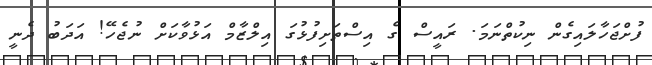
ފުށްޖަހާލައިގެން ނިކުތްނަމަ. ރައީސް ގެ އިސްތަށިފުޅުގަ އިލްޒާމް އަޅުވާކަށް ނުޖެހޭ! އަދަބު ދެނީ